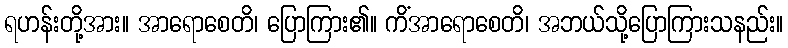
ရဟန်းတို့အား။ အာရောစေတိ၊ ပြောကြား၏။ ကိံအာရောစေတိ၊ အဘယ်သို့ပြောကြားသနည်း။